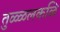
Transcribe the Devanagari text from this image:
तुळ्ळलकळि